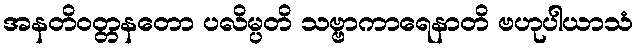
အနတိဝတ္တနတော ပလိမ္ပတိ သဗ္ဗာကာရေနာတိ ဗဟုပါယာသံ